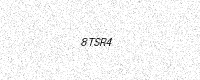
Text: 8TSR4